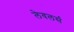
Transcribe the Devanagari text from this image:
लेवलर्स